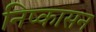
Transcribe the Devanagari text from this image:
निष्‍कासन